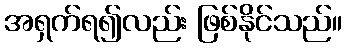
အရှက်ရ၍လည်း ဖြစ်နိုင်သည်။